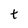
Character: t